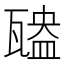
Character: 𤮃